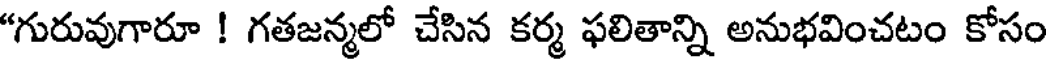
"గురువుగారూ ! గతజన్మలో చేసిన కర్మ ఫలితాన్ని అనుభవించటం కోసం